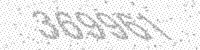
Solution: 369961